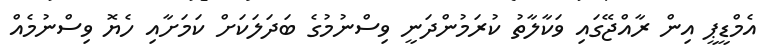
އެމްޑީޕީ އިން ރާއްޖޭގައި ވަކާލާތު ކުރަމުންދަނީ ވިސްނުމުގެ ބަދަލަކަށް ކަމަށާއި ހެޔޮ ވިސްނުމެއް